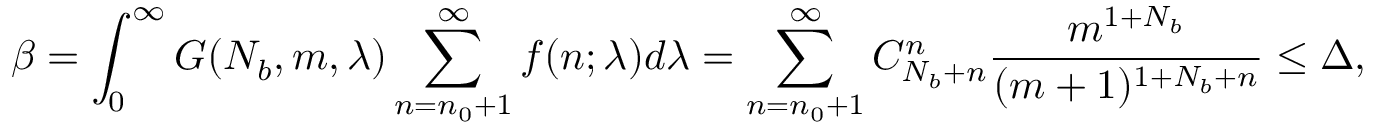
\displaystyle \beta = \int _ { 0 } ^ { \infty } { G ( N _ { b } , m , \lambda ) \sum _ { n = n _ { 0 } + 1 } ^ { \infty } f ( n ; \lambda ) d \lambda } = \sum _ { n = n _ { 0 } + 1 } ^ { \infty } C _ { N _ { b } + n } ^ { n } \frac { m ^ { 1 + N _ { b } } } { ( m + 1 ) ^ { 1 + N _ { b } + n } } \le \Delta ,